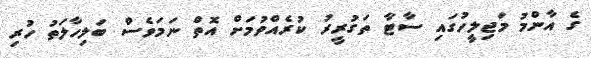
ގެ އާންމު މަޖިލީހުގައި ސާޓާ ތަގުރީރު ކުރެއްވުމަށް އޮތް ނަަމަވެސް ބަލިހާލަތު ހުރި